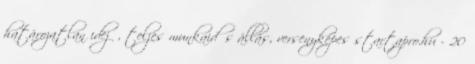
határozatlan idejű, teljes munkaidős állás, versenyképes startapro.hu - 20